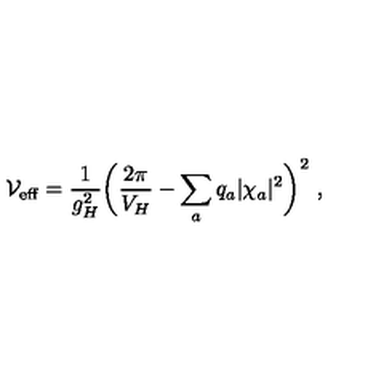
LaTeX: { \cal V } _ { \mathrm { e f f } } = { \frac { 1 } { g _ { H } ^ { 2 } } } \bigg ( { \frac { 2 \pi } { V _ { H } } } - \sum _ { a } q _ { a } | \chi _ { a } | ^ { 2 } \bigg ) ^ { 2 } \ ,